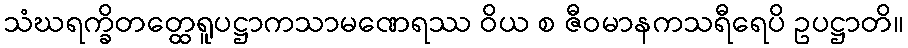
သံဃရက္ခိတတ္ထေရူပဋ္ဌာကသာမဏေရဿ ဝိယ စ ဇီဝမာနကသရီရေပိ ဥပဋ္ဌာတိ။